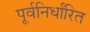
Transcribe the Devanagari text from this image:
पूर्वनिर्धांरित